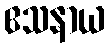
ဧသနာယ